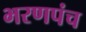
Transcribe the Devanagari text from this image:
भरणपंच